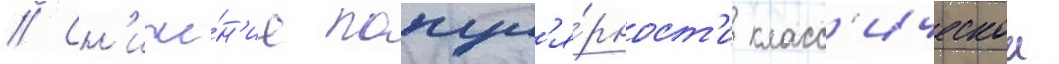
// Сн'иже́н'ие попул'я́рност'и класс'ическои